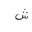
Letter: _shin